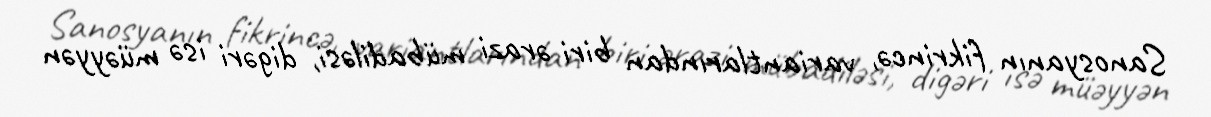
Sanosyanın fikrincə, variantlarından biri ərazi mübadiləsi, digəri isə müəyyən